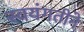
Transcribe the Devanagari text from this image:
स्वयंगतीने